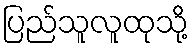
ပြည်သူလူထုသို့